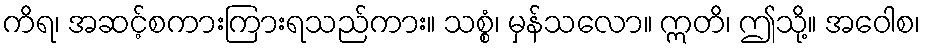
ကိရ၊ အဆင့်စကားကြားရသည်ကား။ သစ္စံ၊ မှန်သလော။ ဣတိ၊ ဤသို့။ အဝေါစ၊